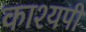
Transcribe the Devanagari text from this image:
काश्यपी